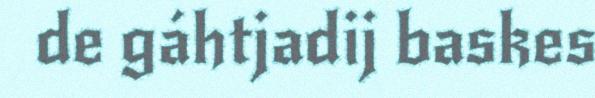
de gáhtjadij baskes